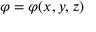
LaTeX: \varphi = \varphi ( x , y , z )